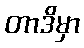
တာဒိမှာ